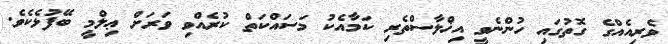
ވެރިއެއްގެ ގޮތުގައި ހުންނެވީ އިޚްލާސްތެރި ކަމާއެކު މަސައްކަތް ކުރެއްވި ވަރަށް ޢިލްމީ ބޭފުޅެކެވެ.